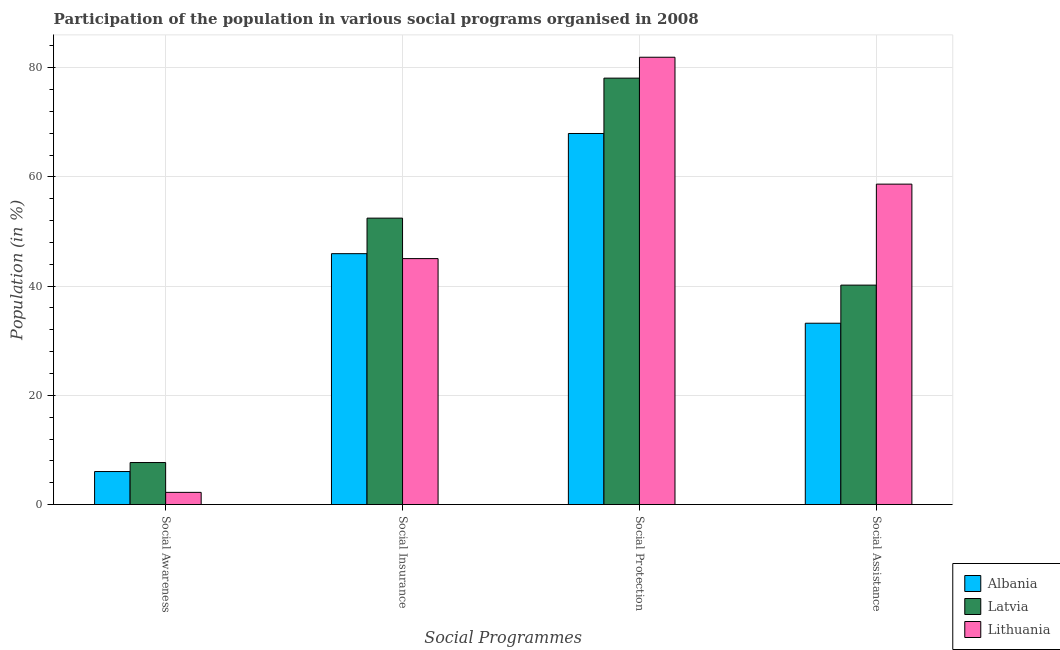
| Social Programmes | Albania | Latvia | Lithuania |
 | --- | --- | --- | --- |
 | Social Awareness | 6.04 | 7.69 | 2.23 |
 | Social Insurance | 45.9 | 52.4 | 45 |
 | Social Protection | 67.9 | 78.1 | 81.9 |
 | Social Assistance | 33.2 | 40.2 | 58.7 |